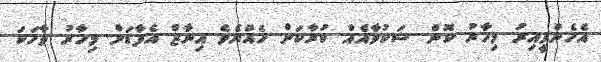
އެހެންވީއިރު މިހާރު ކޮން ޝަކުވާއެއް ކުރާކަށް ހެއްޔެވެ އިނާޒް އެފާޑަށް މިހާރު ވާހަކަ